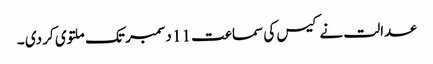
عدالت نے کیس کی سماعت 11 دسمبر تک ملتوی کر دی ۔